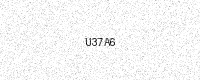
Text: U37A6